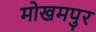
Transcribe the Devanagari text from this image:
मोखमपुर